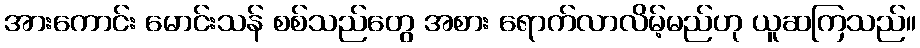
အားကောင်း မောင်းသန် စစ်သည်တွေ အစား ရောက်လာလိမ့်မည်ဟု ယူဆကြသည်။